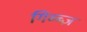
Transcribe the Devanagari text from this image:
गिब्ब्ज़